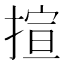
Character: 揎